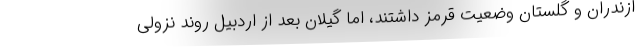
ازندران و گلستان وضعیت قرمز داشتند، اما گیلان بعد از اردبیل روند نزولی